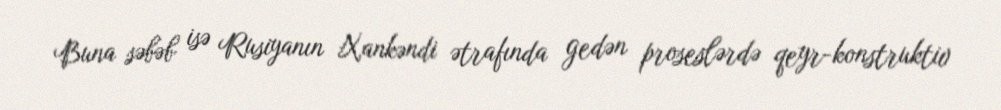
Buna səbəb isə Rusiyanın Xankəndi ətrafında gedən proseslərdə qeyr-konstruktiv